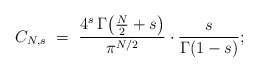
\begin{align*}C_{N,s}\ =\ \frac{4^s\,\Gamma\!\left(\frac N2+s\right)}{\pi^{N/2}}\cdot\frac{s}{\Gamma(1-s)};\end{align*}